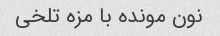
نون مونده با مزه تلخی